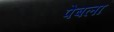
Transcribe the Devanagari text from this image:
पेबला